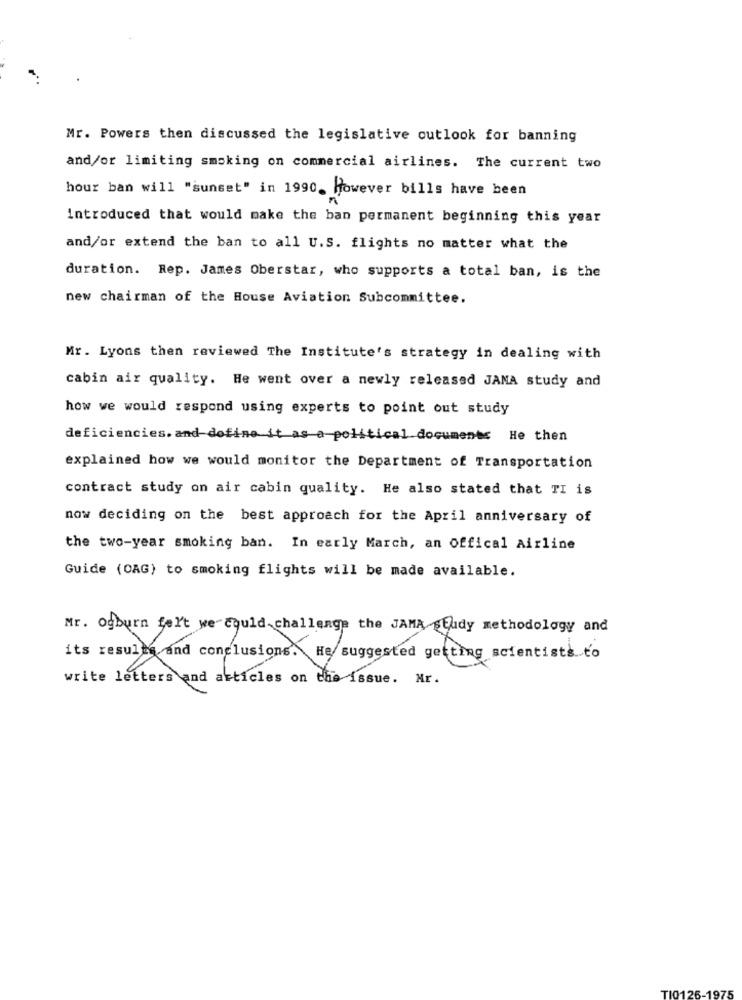
Mr. Powers then discussed the legislative outlook for banning
and/or limiting smoking on commercial airlines. The current two
hour ban will "sunset" in 1990, However bills have been
introduced that would make the ban permanent beginning this year
and/or extend the ban to all U.S. flights no matter what the
duration. Rep. James Oberstar, who supports a total ban, is the
new chairman of the House Aviation Subcommittee.
Mr. Lyons then reviewed The Institute's strategy in dealing with
cabin air quality. He went over a newly released JANA study and
how we would respond using experts to point out study
deficiencies. and dofine it as a political-documents He then
explained how we would monitor the Department of Transportation
contract study on air cabin quality. He also stated that TI is
now deciding on the best approach for the April anniversary of
the two-year smoking ban. In early March, an Offical Airline
Guide (CAG) to smoking flights will be made available.
Mr. Ogburn fel't we could challenge the JAMA study methodology and
its results and conclusions. He suggested getting scientists to
write letters and articles on the issue. Mr.
TIC